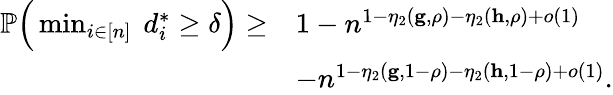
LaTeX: \begin{array}{rl}{{\mathbb P}\Big(\operatorname*{min}_{i\in[n]}~d_{i}^{*}\geq\delta\Big)\geq}&{1-n^{1-\eta_{2}(\mathbf{g},\rho)-\eta_{2}(\mathbf{h},\rho)+o(1)}}\\ &{-n^{1-\eta_{2}(\mathbf{g},1-\rho)-\eta_{2}(\mathbf{h},1-\rho)+o(1)}.}\end{array}